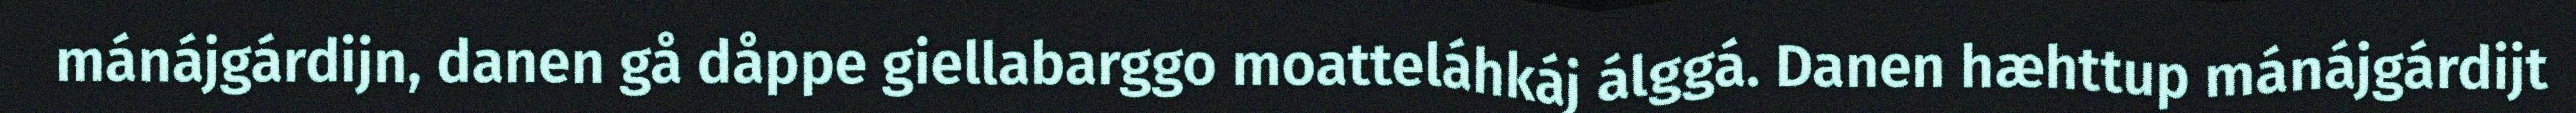
mánájgárdijn, danen gå dåppe giellabarggo moatteláhkáj álggá. Danen hæhttup mánájgárdijt